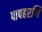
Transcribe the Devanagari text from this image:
पापहरणि